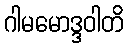
ဂါမမောဒ္ဒဝါတိ